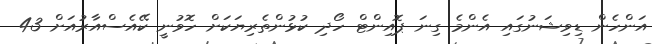
އަންހެން ޑިވިޝަނުގައި އެންމެ ގިނަ ޕޮއިންޓް ހޯދި ކުޅުންތެރިޔަކަށް ހޮވުނީ ކޭއެސްއާރުއަށް 43